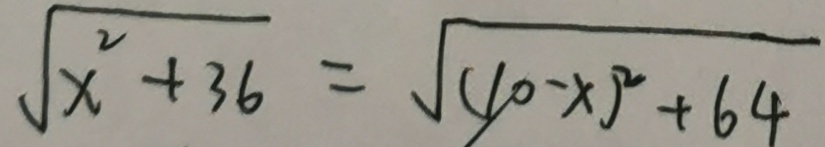
\sqrt { x ^ { 2 } + 3 6 } = \sqrt { ( 1 0 - x ) ^ { 2 } + 6 4 }